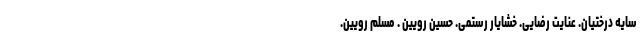
سایه درختیان. عنایت رضایی. خشایار رستمی. حسین رویین . مسلم رویین.